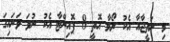
މި ނަތީޖާއާ އެކު ރޯމާ އޮތީ 8 ޕޮއިންޓާ އެކު ނުވަ ވަނައިގަ